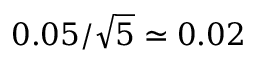
0 . 0 5 / \sqrt { 5 } \simeq 0 . 0 2